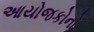
આયોજકોનો